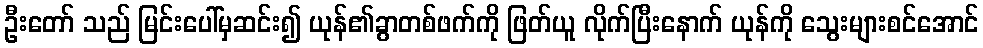
ဦးတော် သည် မြင်းပေါ်မှဆင်း၍ ယုန်၏ခွာတစ်ဖက်ကို ဖြတ်ယူ လိုက်ပြီးနောက် ယုန်ကို သွေးများစင်အောင်